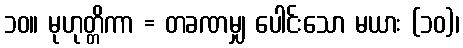
၁၀။ မုဟုတ္တိကာ = တခဏမျှ ပေါင်းသော မယား (၁၀)၊